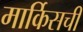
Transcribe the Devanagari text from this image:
मार्किसची